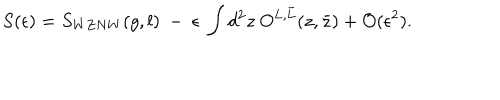
LaTeX: S ( \epsilon ) = S _ { W Z N W } ( g , l ) ~ - ~ \epsilon ~ \int d ^ { 2 } z ~ O ^ { L , \bar { L } } ( z , \bar { z } ) + { \cal O } ( \epsilon ^ { 2 } ) .